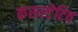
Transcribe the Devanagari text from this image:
कंसल्टेटिव